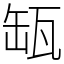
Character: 缻